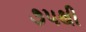
૭૫થી